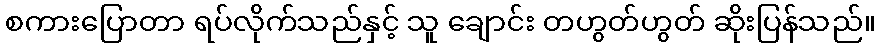
စကားပြောတာ ရပ်လိုက်သည်နှင့် သူ ချောင်း တဟွတ်ဟွတ် ဆိုးပြန်သည်။